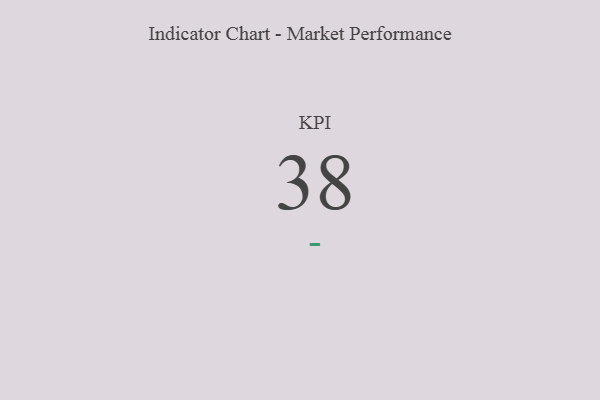
{"axis": {"x": "KPI", "y": "Value"}, "legend": [""], "data": [{"x": "KPI", "y": 38, "type": ""}]}